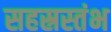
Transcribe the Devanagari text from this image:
सहस्रस्तंभ